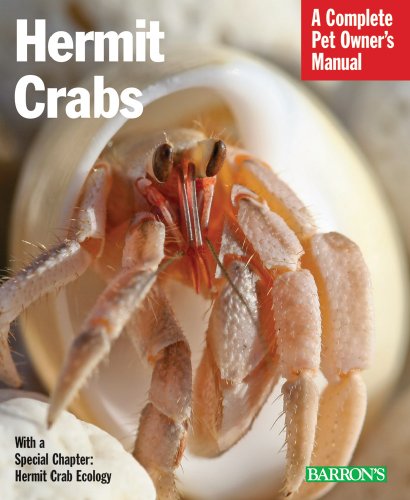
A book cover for Hermit Crabs (Complete Pet Owner's Manuals); Sue Fox; Crafts, Hobbies & Home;